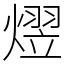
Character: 熤